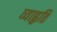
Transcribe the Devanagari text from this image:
व्याहृति